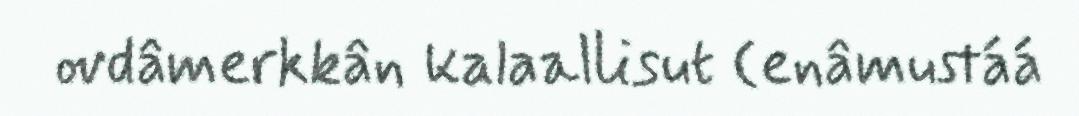
ovdâmerkkân kalaallisut (enâmustáá